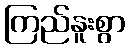
ကြည်နူးစွာ